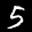
Label: 5